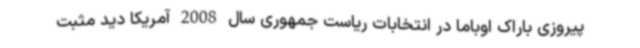
پیروزی باراک اوباما در انتخابات ریاست جمهوری سال 2008 آمریکا دید مثبت